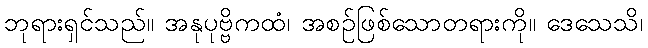
ဘုရားရှင်သည်။ အနုပုဗ္ဗိကထံ၊ အစဉ်ဖြစ်သောတရားကို။ ဒေသေသိ၊